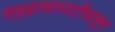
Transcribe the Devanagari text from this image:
स्मुद्रसापाटीपासून